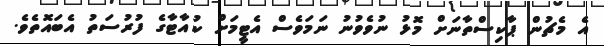
އެ މެޗުން ޕާކިސްތާނަށް މޮޅު ނުވެވުނު ނަމަވެސް އެޓީމަށް ކުއާޓާގެ ފުރުސަތު އެބައޮތެވެ.